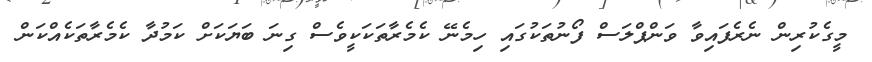
މީގެކުރިން ނެރެފައިވާ ވަންޕްލަސް ފޯނުތަކުގައި ހިމެނޭ ކެމެރާތަކަކީވެސް ގިނަ ބަޔަކަށް ކަމުދާ ކެމެރާތަކެއްކަން